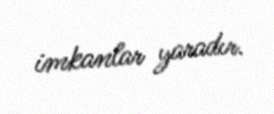
imkanlar yaradır.